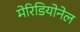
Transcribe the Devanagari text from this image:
मेरिडियोनेल